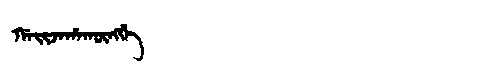
Manchu: ᡤᠠᡳᠵᠠᡥᠠᡴᡡᠩᡤᡝ
Romanization: GAIJAHAKŪNGGE